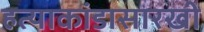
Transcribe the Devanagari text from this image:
हत्याकांडासारखी